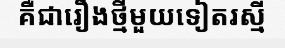
គឺជារឿងថ្មីមួយទៀតរស្មី